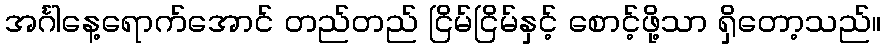
အင်္ဂါနေ့ရောက်အောင် တည်တည် ငြိမ်ငြိမ်နှင့် စောင့်ဖို့သာ ရှိတော့သည်။